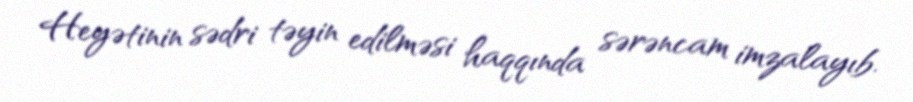
Heyətinin sədri təyin edilməsi haqqında sərəncam imzalayıb.